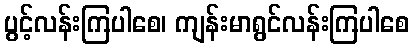
ပွင့်လန်းကြပါစေ၊ ကျန်းမာရွင်လန်းကြပါစေ